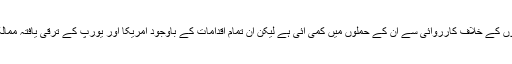
رپورٹ کے مطابق شدت پسند تنظیم دولتِ اسلامیہ اور بوکو حرام جیسی تنظیموں کے خلاف کارروائی سے ان کے حملوں میں کمی آئی ہے لیکن ان تمام اقدامات کے باوجود امریکا اور یورپ کے ترقی یافتہ ممالک میں دہشت گردی کے باعث اموات کی شرح میں 650 فیصد اضافہ ہوا ہے۔